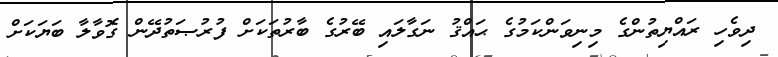
ދިވެހި ރައްޔިތުންގެ މިނިވަންކަމުގެ ޙައްޤު ނަގާލައި ބޭރުގެ ބާރުތަކަށް ފުރުޞަތުދޭން ގޮވާލާ ބަޔަކަށް